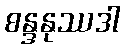
စန္ဒနုဿဒါ